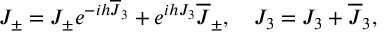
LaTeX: { \cal J } _ { \pm } = J _ { \pm } e ^ { - i h { \overline { { J } } } _ { 3 } } + e ^ { i h J _ { 3 } } { \overline { { J } } } _ { \pm } , \quad { \cal J } _ { 3 } = J _ { 3 } + { \overline { { J } } } _ { 3 } ,